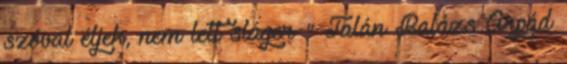
szóval éljek, nem lett sláger " Talán Balázs Árpád